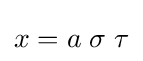
x=a\left.\sigma \right.\tau